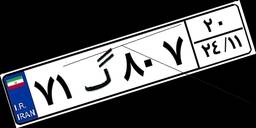
۷۱گ۸۰۷۲۰